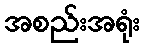
အစည်းအရုံး